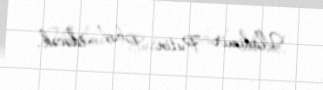
Vladimir Putin qəbul edəcək.